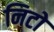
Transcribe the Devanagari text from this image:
निटो